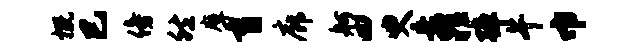
概巳傍然摩盲廊舸四臾兵罪弹午巾